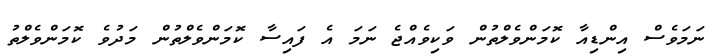
ނަމަވެސް އިންޑިއާ ކޮމަންވެލްތުން ވަކިވެއްޖެ ނަމަ އެ ފައިސާ ކޮމަންވެލްތުން މަދުވެ ކޮމަންވެލްތު